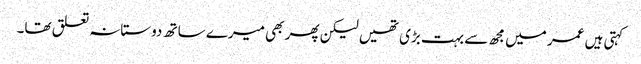
کہتی ہیں عمر میں مجھ سے بہت بڑی تھیں لیکن پھر بھی میرے ساتھ دوستانہ تعلق تھا۔